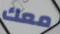
معك